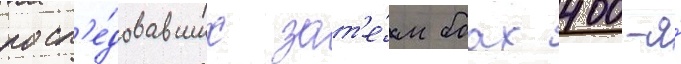
посл'е́довавших зат'е́м боах 400-я́